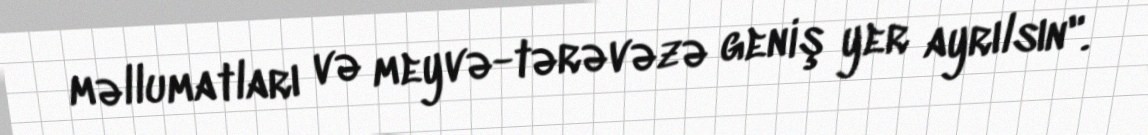
məllumatları və meyvə-tərəvəzə geniş yer ayrılsın".